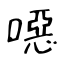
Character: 噁